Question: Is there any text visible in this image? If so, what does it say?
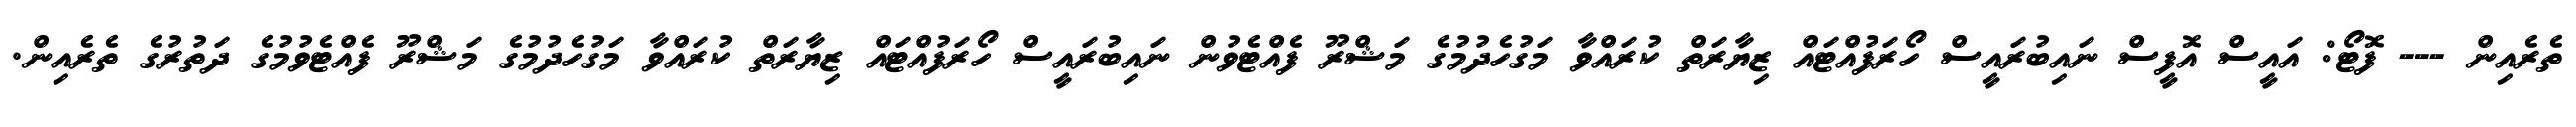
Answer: ތެރެއިން --- ފޮޓޯ: އައީސް އޮފީސް ނައިބުރައީސް ހޯރަފުއްޓައް ޒިޔާރަތް ކުރައްވާ މަގުހެދުމުގެ މަޝްރޫ ފެއްޓެވުން ނައިބުރައީސް ހޯރަފުއްޓައް ޒިޔާރަތް ކުރައްވާ މަގުހެދުމުގެ މަޝްރޫ ފެއްޓެވުމުގެ ދަތުރުގެ ތެރެއިން.